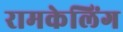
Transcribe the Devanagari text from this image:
रामकेलिंग